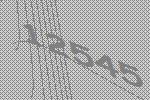
12545